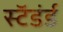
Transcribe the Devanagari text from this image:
स्टॅडंर्ड